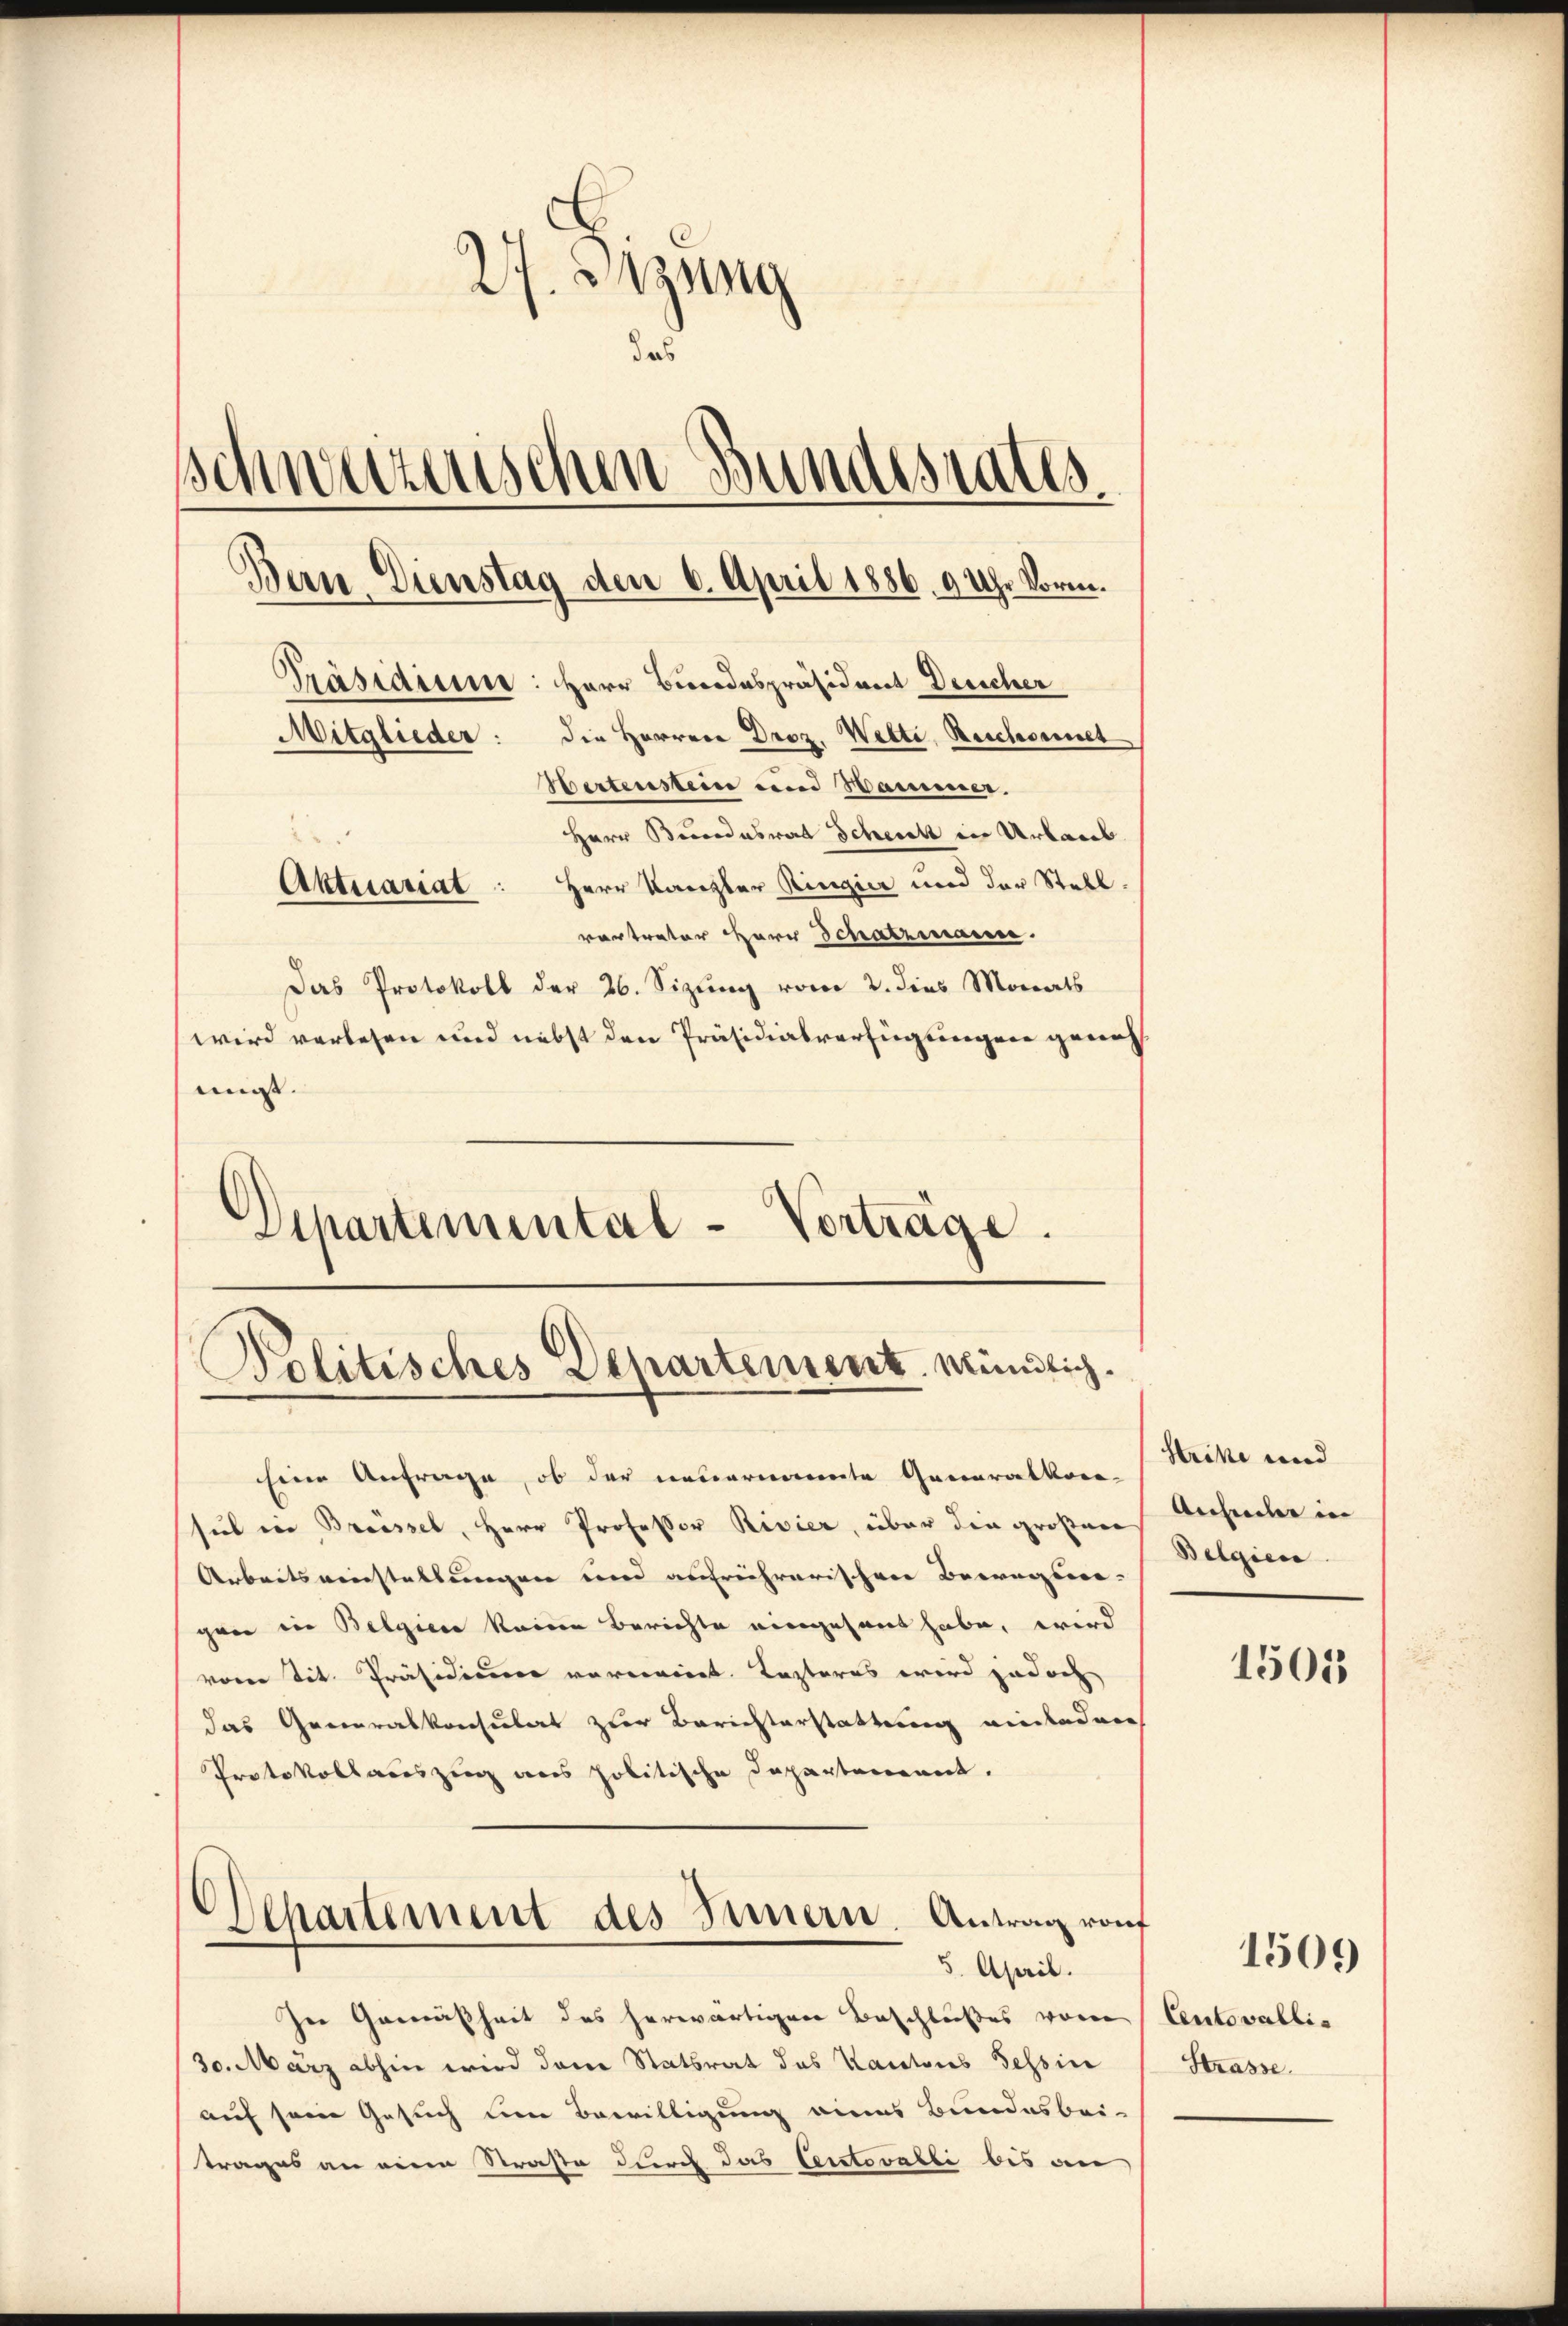
27. Dezung
das
schweizerischen Bundesrates.
Bern Dienstag den 6. April 1886, 9 Uhr Vorm.
Präsidiener: Herr Biooodespräsident Dreicher
Mitglieder: die Herrere Droz. Welti, Beschonet
Hertenstein und Wammer.
Herr Bundesrat Scheit in Urlaub
Aktuariat: Herr Kanzler Ringier und der Stell
vertreter Herr Schatzmann.

Das Protokoll der 26. Sizung vom 2. dies Monats
wird verlesen und nebst den Präsidialverfügungen genehmigt.
Departemental-Verträge.

Politisches Departement. Mündlich.

Eine Anfrage, ob der neuernannte Generalkon-
sul in Breissel, Herr Professor Rivier, über die großen
Arbeitseinstellungen und aufruhrarischen Betragene-
gann in Belgien keine Berichte eingesant habe, wird
vom Tit. Präsidierer vereiniret. Lasteres wird jedoch
das Generalkonsulat zur Berichterstattung wiebadere
Protokollauszug aus politische Departement.
Dchartement des Innern. Antrag rauf
5. April.
Zer Gemäßheit des herwärtigen Beschlußes vom Centovallis
30. März abhin wird dem Statsrat des Kantons Tessin
auf seine Gesuch um Bewilligung eines Bundesbei-
trages an einen Straße durch das Teutovabbi bis an

Strike und
Anheller in
Belgiece

1505

1509

Strasse.